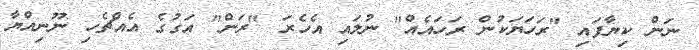
ނަން ކިޔާފައި "ރަހަޔަކުން ރަހައެއް" ނުލައި އެހެރަ "ރަން" އަގުގެ އެއްޗެހި ނޫނިއްޔާ